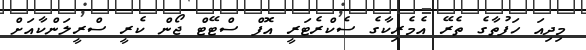
މިދިއަ ހަފުތާގެ ތެރޭ އެމެރިކާގެ ސެކްރެޓަރީ އޮފް ސްޓޭޓް ޖޯން ކެރީ ސްރީލަންކާއަށް